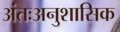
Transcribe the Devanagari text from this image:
अंतःअनुशासिक